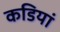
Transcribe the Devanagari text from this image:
कडियां